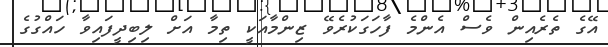
އޭގެ ތެރެއިން ވެސް އެންމެ ފާހަގަކުރެވޭ ޒިންމާއަކީ ތިމާ އަށް ލިބިދީފައިވާ ހައްގުގެ